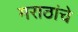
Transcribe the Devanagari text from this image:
मराठांचे